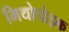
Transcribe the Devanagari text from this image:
मिथोपोइक